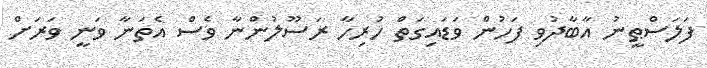
ފަލަސްޠީނު އާބާދުވި ފަހުން ވަޑައިގަތް ހުރިހާ ރަސޫލުންނާ ވެސް އެތަނާ ވަނީ ވަރަށް